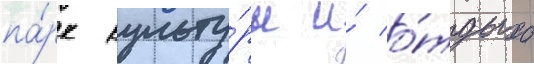
па́рк культу́ры и́ о́тдыха